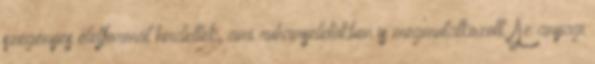
szegényes életformát hirdettek, ami ruhaviseletükben is megmutatkozott. Az anyagi